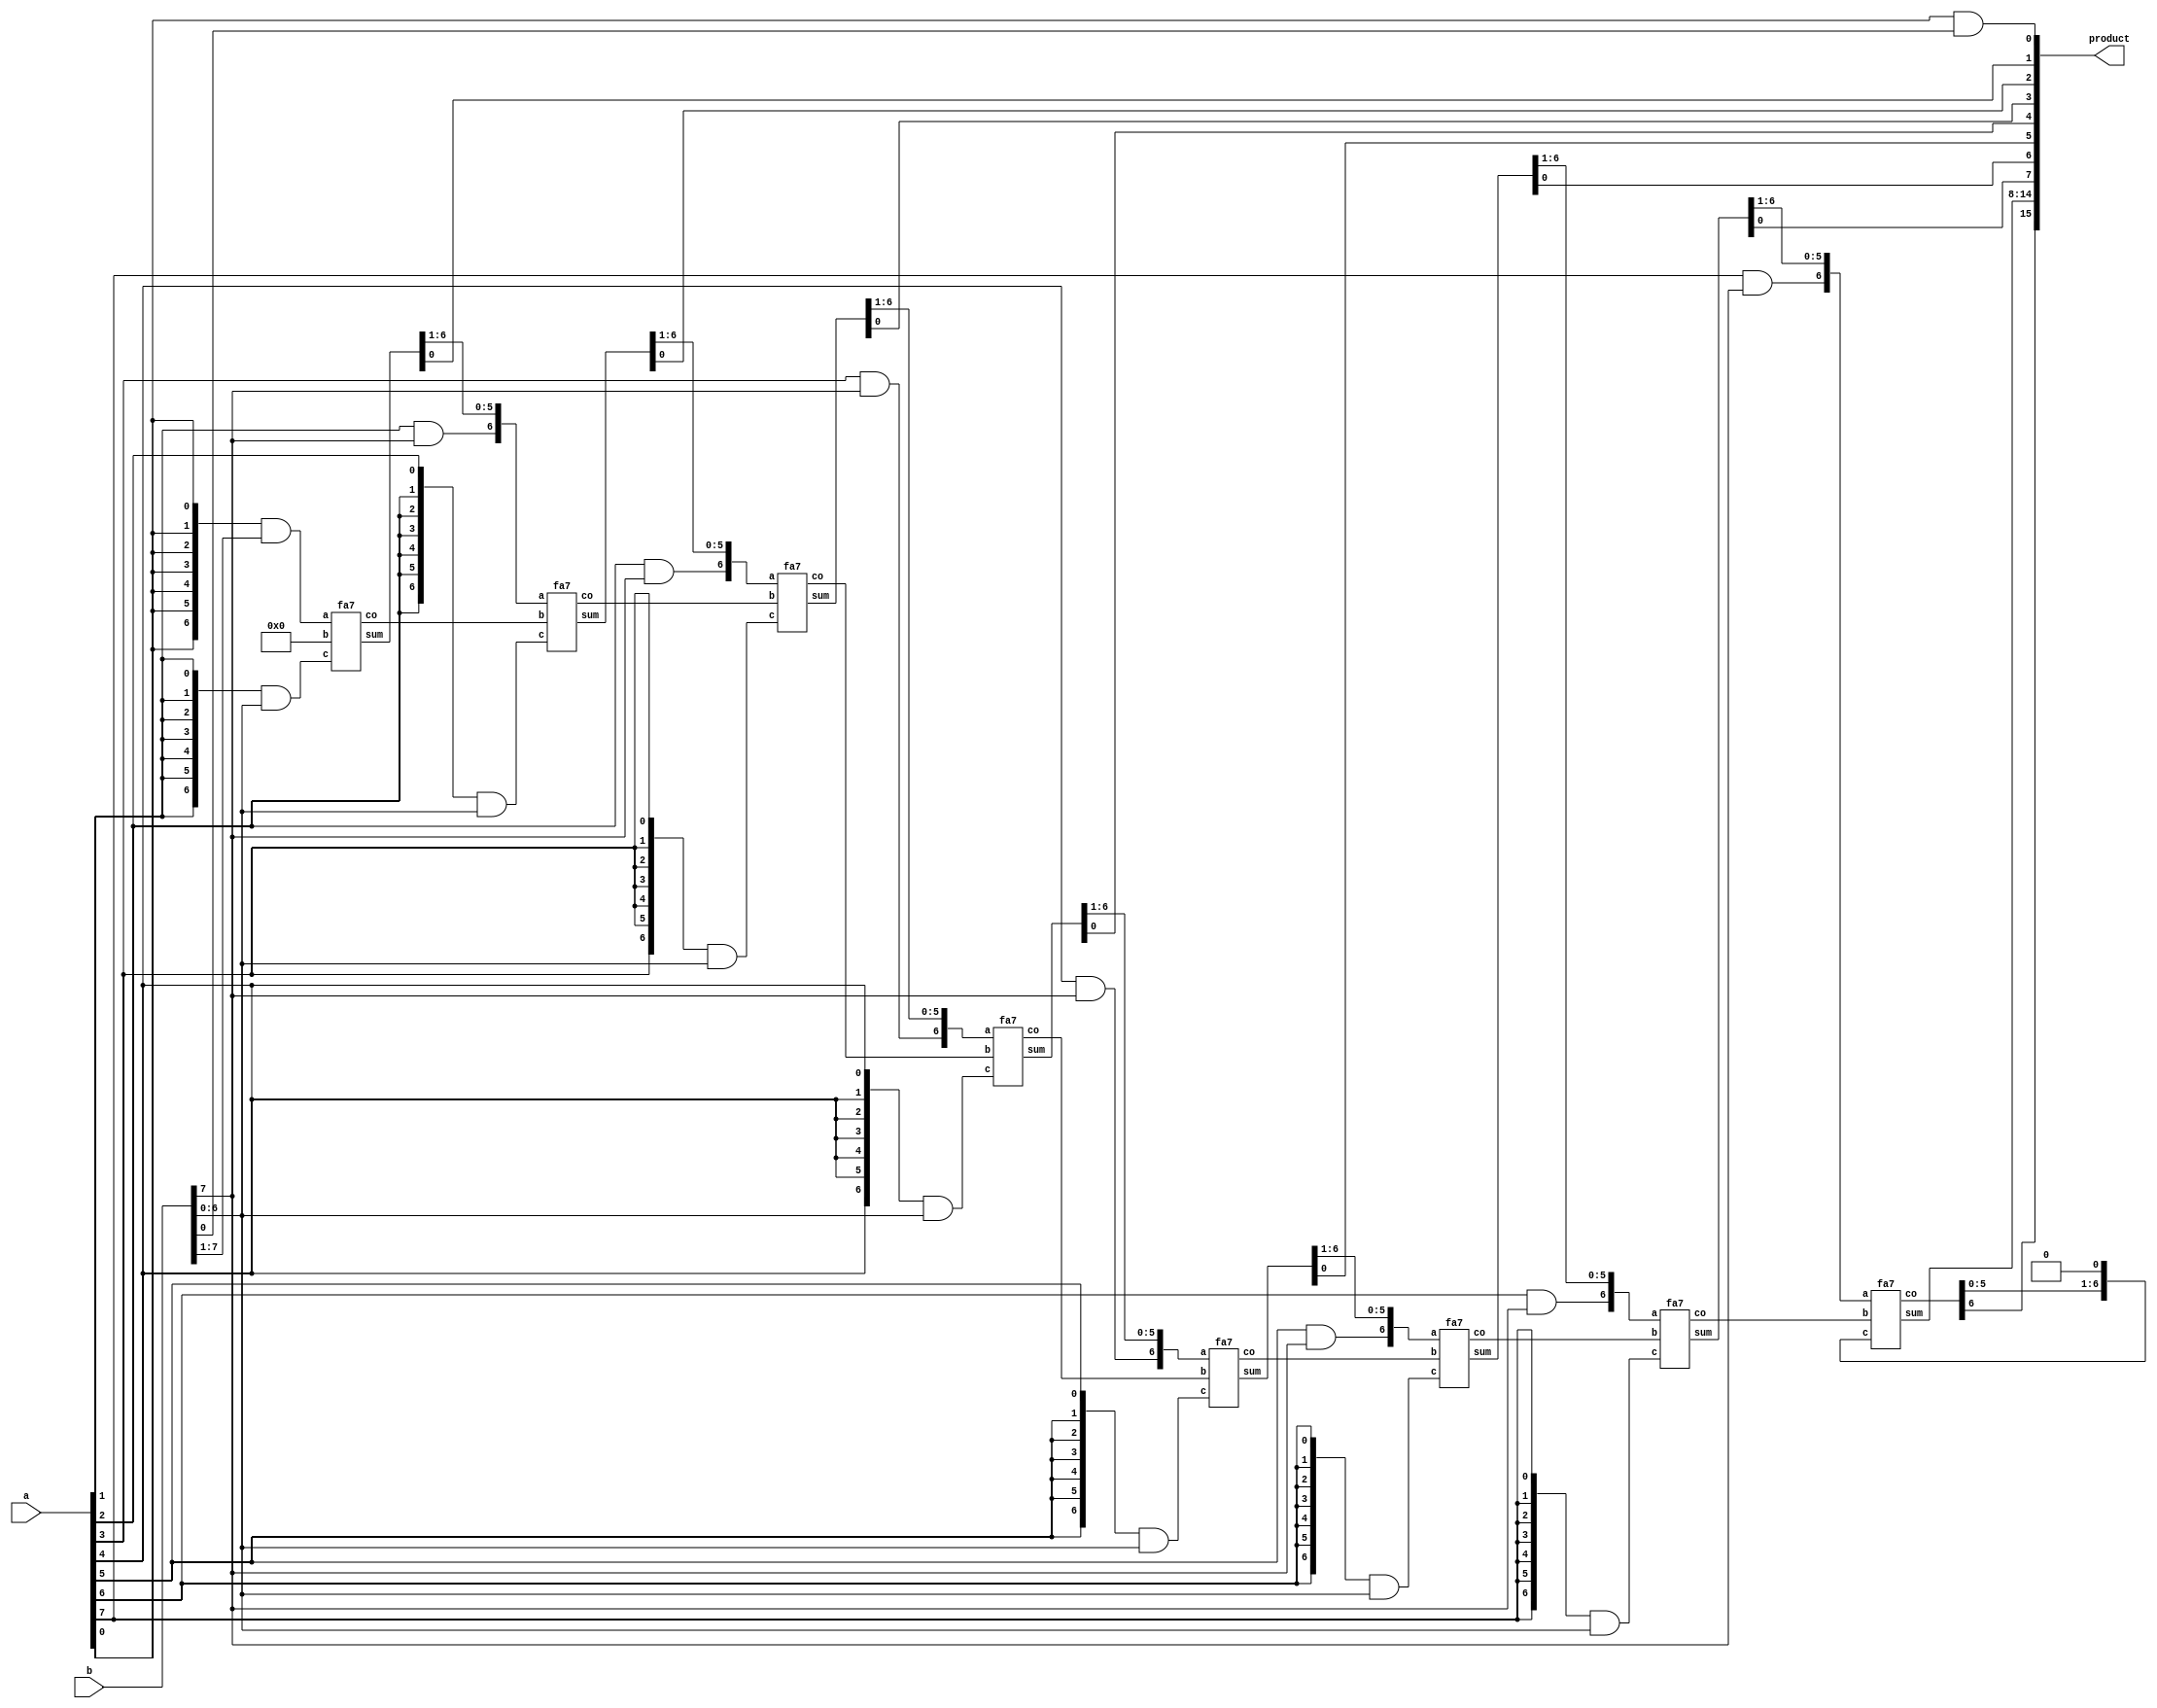
module unsigned_multiplier(
input[7:0] a,
input[7:0] b,
output[15:0] product
);
    wire [5:0] s [0:6];
    wire [6:0] co [0:6];
    assign product[0] = a[0] & b[0];
    fa7 r0 (.a({7{a[0]}} & b[7:1]), .b(7'd0), .c({7{a[1]}} & b[6:0]), .sum({s[0], product[1]}), .co(co[0]));
    fa7 r1 (.a({a[1] & b[7], s[0]}), .b(co[0]), .c({7{a[2]}} & b[6:0]), .sum({s[1], product[2]}), .co(co[1]));
    fa7 r2 (.a({a[2] & b[7], s[1]}), .b(co[1]), .c({7{a[3]}} & b[6:0]), .sum({s[2], product[3]}), .co(co[2]));
    fa7 r3 (.a({a[3] & b[7], s[2]}), .b(co[2]), .c({7{a[4]}} & b[6:0]), .sum({s[3], product[4]}), .co(co[3]));
    fa7 r4 (.a({a[4] & b[7], s[3]}), .b(co[3]), .c({7{a[5]}} & b[6:0]), .sum({s[4], product[5]}), .co(co[4]));
    fa7 r5 (.a({a[5] & b[7], s[4]}), .b(co[4]), .c({7{a[6]}} & b[6:0]), .sum({s[5], product[6]}), .co(co[5]));
    fa7 r6 (.a({a[6] & b[7], s[5]}), .b(co[5]), .c({7{a[7]}} & b[6:0]), .sum({s[6], product[7]}), .co(co[6]));
    wire [5:0] tmp;
    fa7 r7 (.a({a[7] & b[7], s[6]}), .b(co[6]), .c({tmp, 1'b0}), .sum(product[14:8]), .co({product[15], tmp}));

endmodule

module fa7(a, b, c, sum, co);
    input [6:0] a, b, c;   
    output [6:0] sum, co;
    assign {co[0], sum[0]} = a[0] + b[0] + c[0];
    assign {co[1], sum[1]} = a[1] + b[1] + c[1];
    assign {co[2], sum[2]} = a[2] + b[2] + c[2];
    assign {co[3], sum[3]} = a[3] + b[3] + c[3];
    assign {co[4], sum[4]} = a[4] + b[4] + c[4];
    assign {co[5], sum[5]} = a[5] + b[5] + c[5];
    assign {co[6], sum[6]} = a[6] + b[6] + c[6];
endmodule

module fa(a, b, c, sum, co);
    input a, b, c;
    output sum, co;
    assign {co, sum} = a + b + c;
endmodule